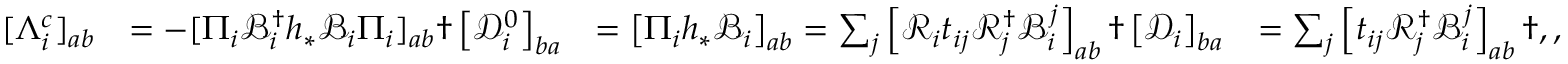
\begin{array} { r l r l } { [ \Lambda _ { i } ^ { c } ] _ { a b } } & { = - [ \Pi _ { i } \mathcal { B } _ { i } ^ { \dagger } h _ { * } \mathcal { B } _ { i } \Pi _ { i } ] _ { a b } \dag \left[ \mathcal { D } _ { i } ^ { 0 } \right] _ { b a } } & { = \left[ \Pi _ { i } h _ { * } \mathcal { B } _ { i } \right] _ { a b } = \sum _ { j } \left[ \mathcal { R } _ { i } t _ { i j } \mathcal { R } _ { j } ^ { \dagger } \mathcal { B } _ { i } ^ { j } \right] _ { a b } \dag \left[ \mathcal { D } _ { i } \right] _ { b a } } & { = \sum _ { j } \left[ t _ { i j } \mathcal { R } _ { j } ^ { \dagger } \mathcal { B } _ { i } ^ { j } \right] _ { a b } \dag , , } \end{array}